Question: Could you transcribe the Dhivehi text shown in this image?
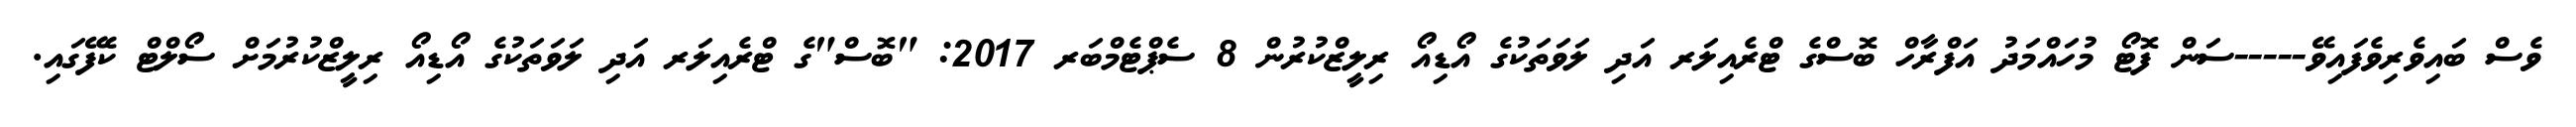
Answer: ވެސް ބައިވެރިވެފައިވޭ-----ސަން ފޮޓޯ މުހައްމަދު އަފްރާހް ބޮސްގެ ޓްރެއިލަރ އަދި ލަވަތަކުގެ އޯޑިއޯ ރިލީޒްކުރުން 8 ސެޕްޓެމްބަރ 2017: "ބޮސް"ގެ ޓްރެއިލަރ އަދި ލަވަތަކުގެ އޯޑިއޯ ރިލީޒްކުރުމަށް ސޯލްޓް ކެފޭގައި.